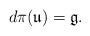
LaTeX: \begin{align*}d\pi(\mathfrak{u}) = \mathfrak{g}.\end{align*}